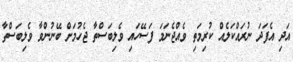
އަދި އެފަދަ ނުރައްކަލެއް ކުރިމަތި ވެއްޖެނަމަ ފަސޭހައި ވެލިބަސްތާ ޖެހުމަށް ބޭނުންވާ ވެލިބަސްތާ